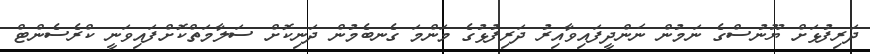
ދަރިފުޅަށް ޔޫނުސްގެ ނަމުން ނަންދީފައިވާއިރު ދަރިފުޅުގެ މަންމަ ގެނބެމުން ދަނިކޮށް ސަލާމަތްކޮށްފައިވަނީ ކްރެސެންޓް